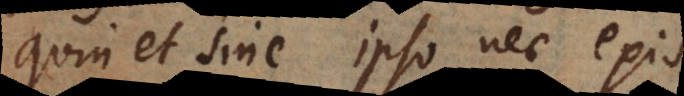
quin et sine ipso nec existentia